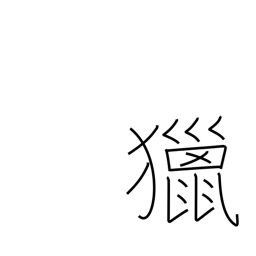
Meaning: field sports